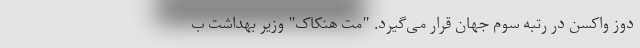
دوز واکسن در رتبه سوم جهان قرار می‌گیرد. "مت هنکاک" وزیر بهداشت ب